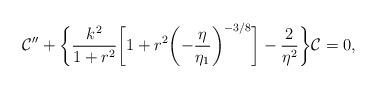
LaTeX: \begin{align*}{\cal C}'' + \biggl\{ \frac{k^2}{1 + r^2} \biggl[ 1 + r^2 \biggl(-\frac{\eta}{\eta_{1}}\biggr)^{-3/8}\biggr] - \frac{2}{\eta^2}\biggr\}{\cal C} =0,\end{align*}